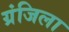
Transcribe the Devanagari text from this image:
ग्रंजिला